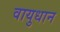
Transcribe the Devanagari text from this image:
वायुधान